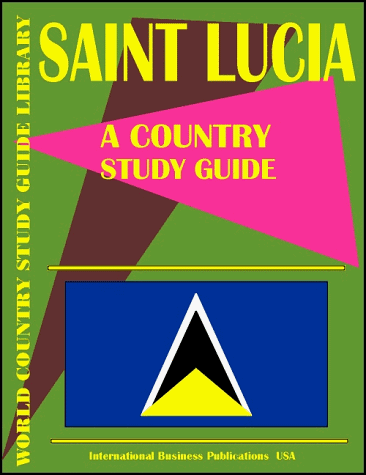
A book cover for Saint Lucia Country Study Guide (World Country Study Guide; USA International Business Publications; Travel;